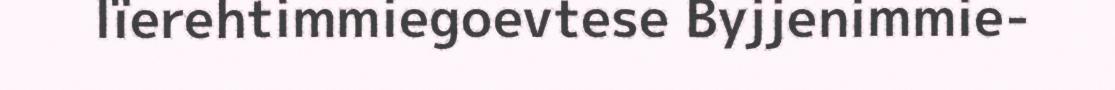
lïerehtimmiegoevtese Byjjenimmie-